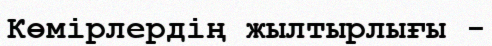
Көмірлердің жылтырлығы -